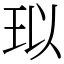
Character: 𤤳